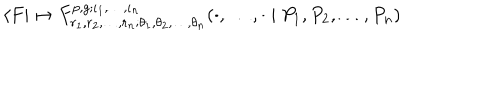
LaTeX: \langle F | \mapsto F _ { r _ { 1 } , r _ { 2 } , \dots , r _ { n } ; \theta _ { 1 } , \theta _ { 2 } , \dots , \theta _ { n } } ^ { p , g ; \iota _ { 1 } , \dots , \iota _ { n } } ( \cdot , \dots , \cdot \mid P _ { 1 } , P _ { 2 } , \dots , P _ { n } )